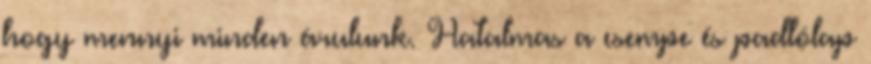
hogy mennyi minden árulunk. Hatalmas a csempe és padlólap